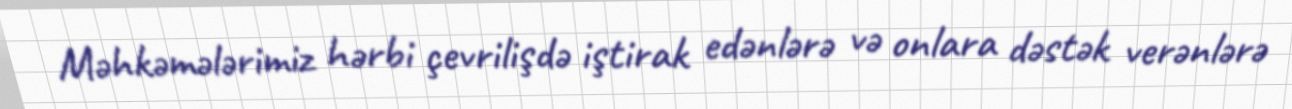
Məhkəmələrimiz hərbi çevrilişdə iştirak edənlərə və onlara dəstək verənlərə